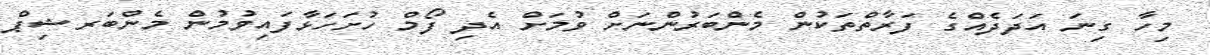
މިހާ ގިނަ އަދަދެއްގެ ފަރާތްތަކުން މެންބަރުންނަށް ވުމަށް އެދި ފޯމް ހުށަހަޅާފައިވުމުން މެންބަރޝިޕް